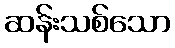
ဆန်းသစ်သော